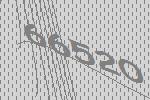
66520